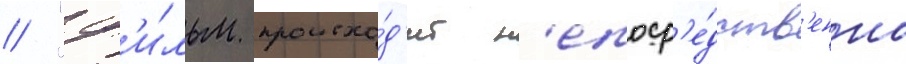
// "ф'и́льм происхо́д'ит н'епоср'е́дств'енно